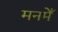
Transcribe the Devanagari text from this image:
मनमेँ